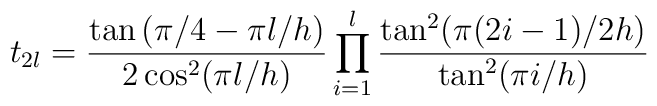
t_{2l}=\frac{\tan \left( \pi /4-\pi l/h\right) }{2\cos ^{2}(\pi l/h)}\prod_{i=1}^{l}\frac{\tan ^{2}(\pi (2i-1)/2h)}{\tan ^{2}(\pi i/h)}